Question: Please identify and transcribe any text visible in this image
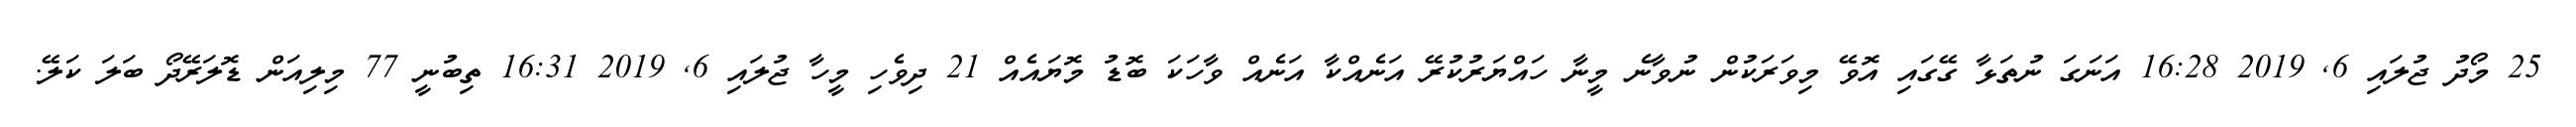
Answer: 25 މޯދު ޖުލައި 6, 2019 16:28 އަނަގަ ނުތަޅާ ގޭގައި އޮވޭ މިވަރަކުން ނުވާނެ މީނާ ހައްޔަރުކުރޭ އަނެއްކާ އަނެއް ވާހަކަ ބޮޑު މޮޔައެއް 21 ދިވެހި މީހާ ޖުލައި 6, 2019 16:31 ތިބުނީ 77 މިލިއަން ޑޮލަރޭދޯ ބަލަ ކަލޭ.